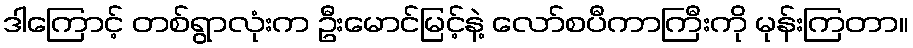
ဒါကြောင့် တစ်ရွာလုံးက ဦးမောင်မြင့်နဲ့ လော်စပီကာကြီးကို မုန်းကြတာ။